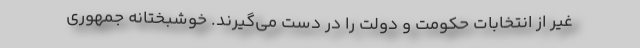
غیر از انتخابات حکومت و دولت را در دست می‌گیرند. خوشبختانه جمهوری